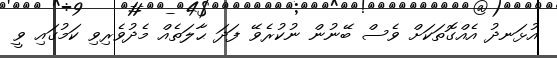
އުޅަނދު އެއްގޮތަކަށް ވެސް ބޭނުން ނުކުރެވޭ ފަދަ ޙާލަތެއް މެދުވެރިވި ކަމުގައި ވީ